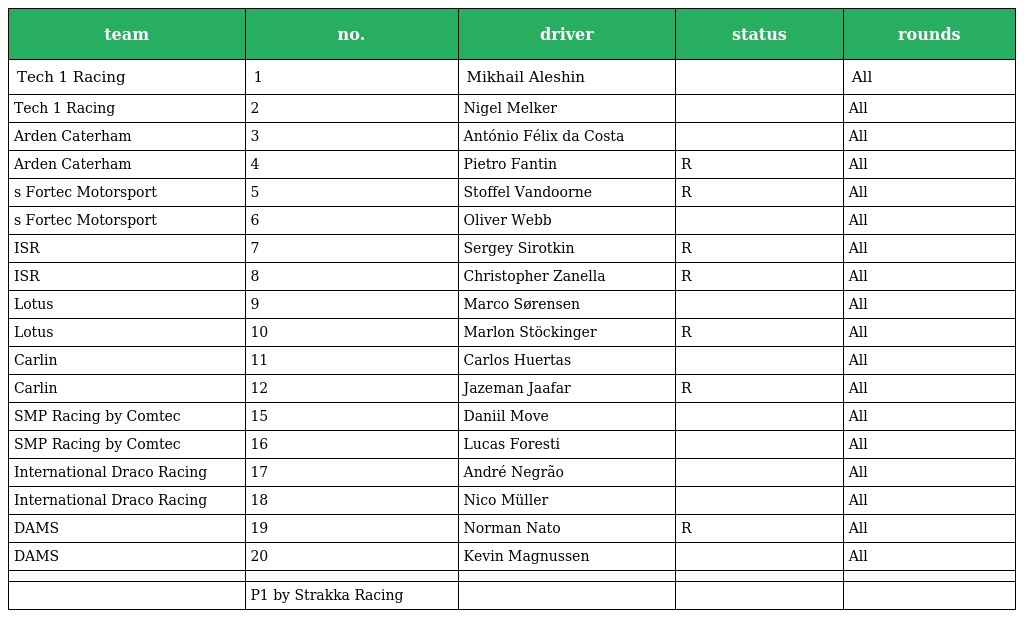
| team | no. | driver | status | rounds |
 | --- | --- | --- | --- | --- |
 | Tech 1 Racing | 1 | Mikhail Aleshin |  | All |
 | Tech 1 Racing | 2 | Nigel Melker |  | All |
 | Arden Caterham | 3 | António Félix da Costa |  | All |
 | Arden Caterham | 4 | Pietro Fantin | R | All |
 | s Fortec Motorsport | 5 | Stoffel Vandoorne | R | All |
 | s Fortec Motorsport | 6 | Oliver Webb |  | All |
 | ISR | 7 | Sergey Sirotkin | R | All |
 | ISR | 8 | Christopher Zanella | R | All |
 | Lotus | 9 | Marco Sørensen |  | All |
 | Lotus | 10 | Marlon Stöckinger | R | All |
 | Carlin | 11 | Carlos Huertas |  | All |
 | Carlin | 12 | Jazeman Jaafar | R | All |
 | SMP Racing by Comtec | 15 | Daniil Move |  | All |
 | SMP Racing by Comtec | 16 | Lucas Foresti |  | All |
 | International Draco Racing | 17 | André Negrão |  | All |
 | International Draco Racing | 18 | Nico Müller |  | All |
 | DAMS | 19 | Norman Nato | R | All |
 | DAMS | 20 | Kevin Magnussen |  | All |
 |  |  |  |  |  |
 |  | P1 by Strakka Racing |  |  |  |